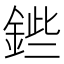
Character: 𨧥